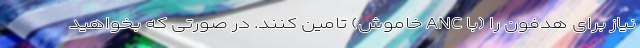
نیاز برای هدفون را (با ANC خاموش) تامین کنند. در صورتی که بخواهید